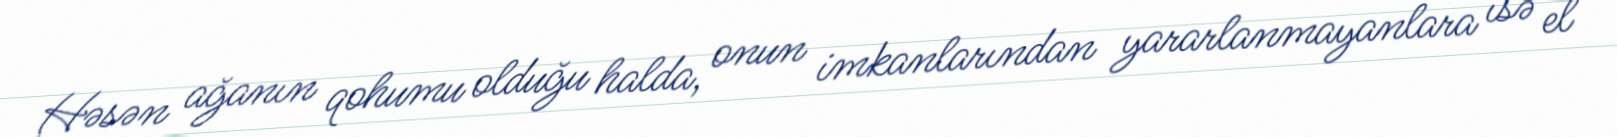
Həsən ağanın qohumu olduğu halda, onun imkanlarından yararlanmayanlara isə el